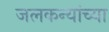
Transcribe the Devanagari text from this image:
जलकन्यांच्या